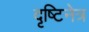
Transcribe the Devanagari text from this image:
दृष्टिनेत्र